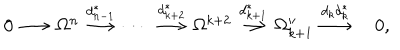
LaTeX: \begin{array} { c c c c c c c c c c c c c } { { 0 \! \! \! } } & { { \! \stackrel { } { \longrightarrow } \! \! \! } } & { { \! \Omega ^ { n } \! \! \! } } & { { \! \stackrel { d _ { n - 1 } ^ { * } } { \longrightarrow } \! \! \! } } & { { \! \cdots \! } } & { { \! \stackrel { d _ { k + 2 } ^ { * } } { \longrightarrow } \! \! \! } } & { { \! \Omega ^ { k + 2 } \! \! \! } } & { { \! \stackrel { d _ { k + 1 } ^ { * } } { \longrightarrow } \! \! \! } } & { { \! \Omega _ { k + 1 } ^ { \prime \prime } \! \! \! } } & { { \! \stackrel { d _ { k } d _ { k } ^ { * } } { \longrightarrow } \! \! \! } } & { { 0 , } } \\ \end{array}